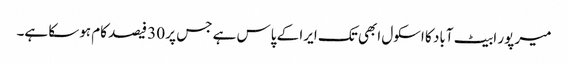
میر پور ابیٹ آباد کا اسکول ابھی تک ایرا کے پاس ہے جس پر 30 فیصد کام ہوسکا ہے۔